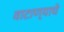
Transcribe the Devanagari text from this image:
वाटाण्याचे